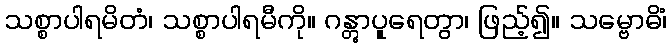
သစ္စာပါရမိတံ၊ သစ္စာပါရမီကို။ ဂန္တွာပူရေတွာ၊ ဖြည့်၍။ သမ္ဗောဓိံ၊